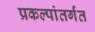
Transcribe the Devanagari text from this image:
प्रकल्पांतर्गंत